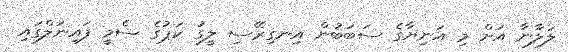
ލަލާނާ އަށް މި އަނިޔާގެ ސަބަބުން އިނގިރޭސި ލީގު ކަޕުގެ ސެމީ ފައިނަލްގައި